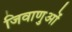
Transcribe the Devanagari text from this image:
जिवाणुओं